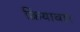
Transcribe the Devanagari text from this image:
क्रियावार